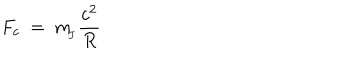
F _ { c } \ = \ m _ { \! _ { J } } \frac { c ^ { 2 } } { R }